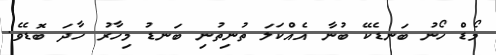
މޯޑް ހޯނު ބަނޑެކޭ ބުނާ އެއްކަލަ ތުނިތުނި ބަނޑު މިހާރު ހާދަ ބޮޑެވެ.